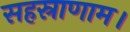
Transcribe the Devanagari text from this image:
सहस्राणाम।